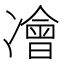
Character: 𠘎